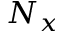
N _ { x }